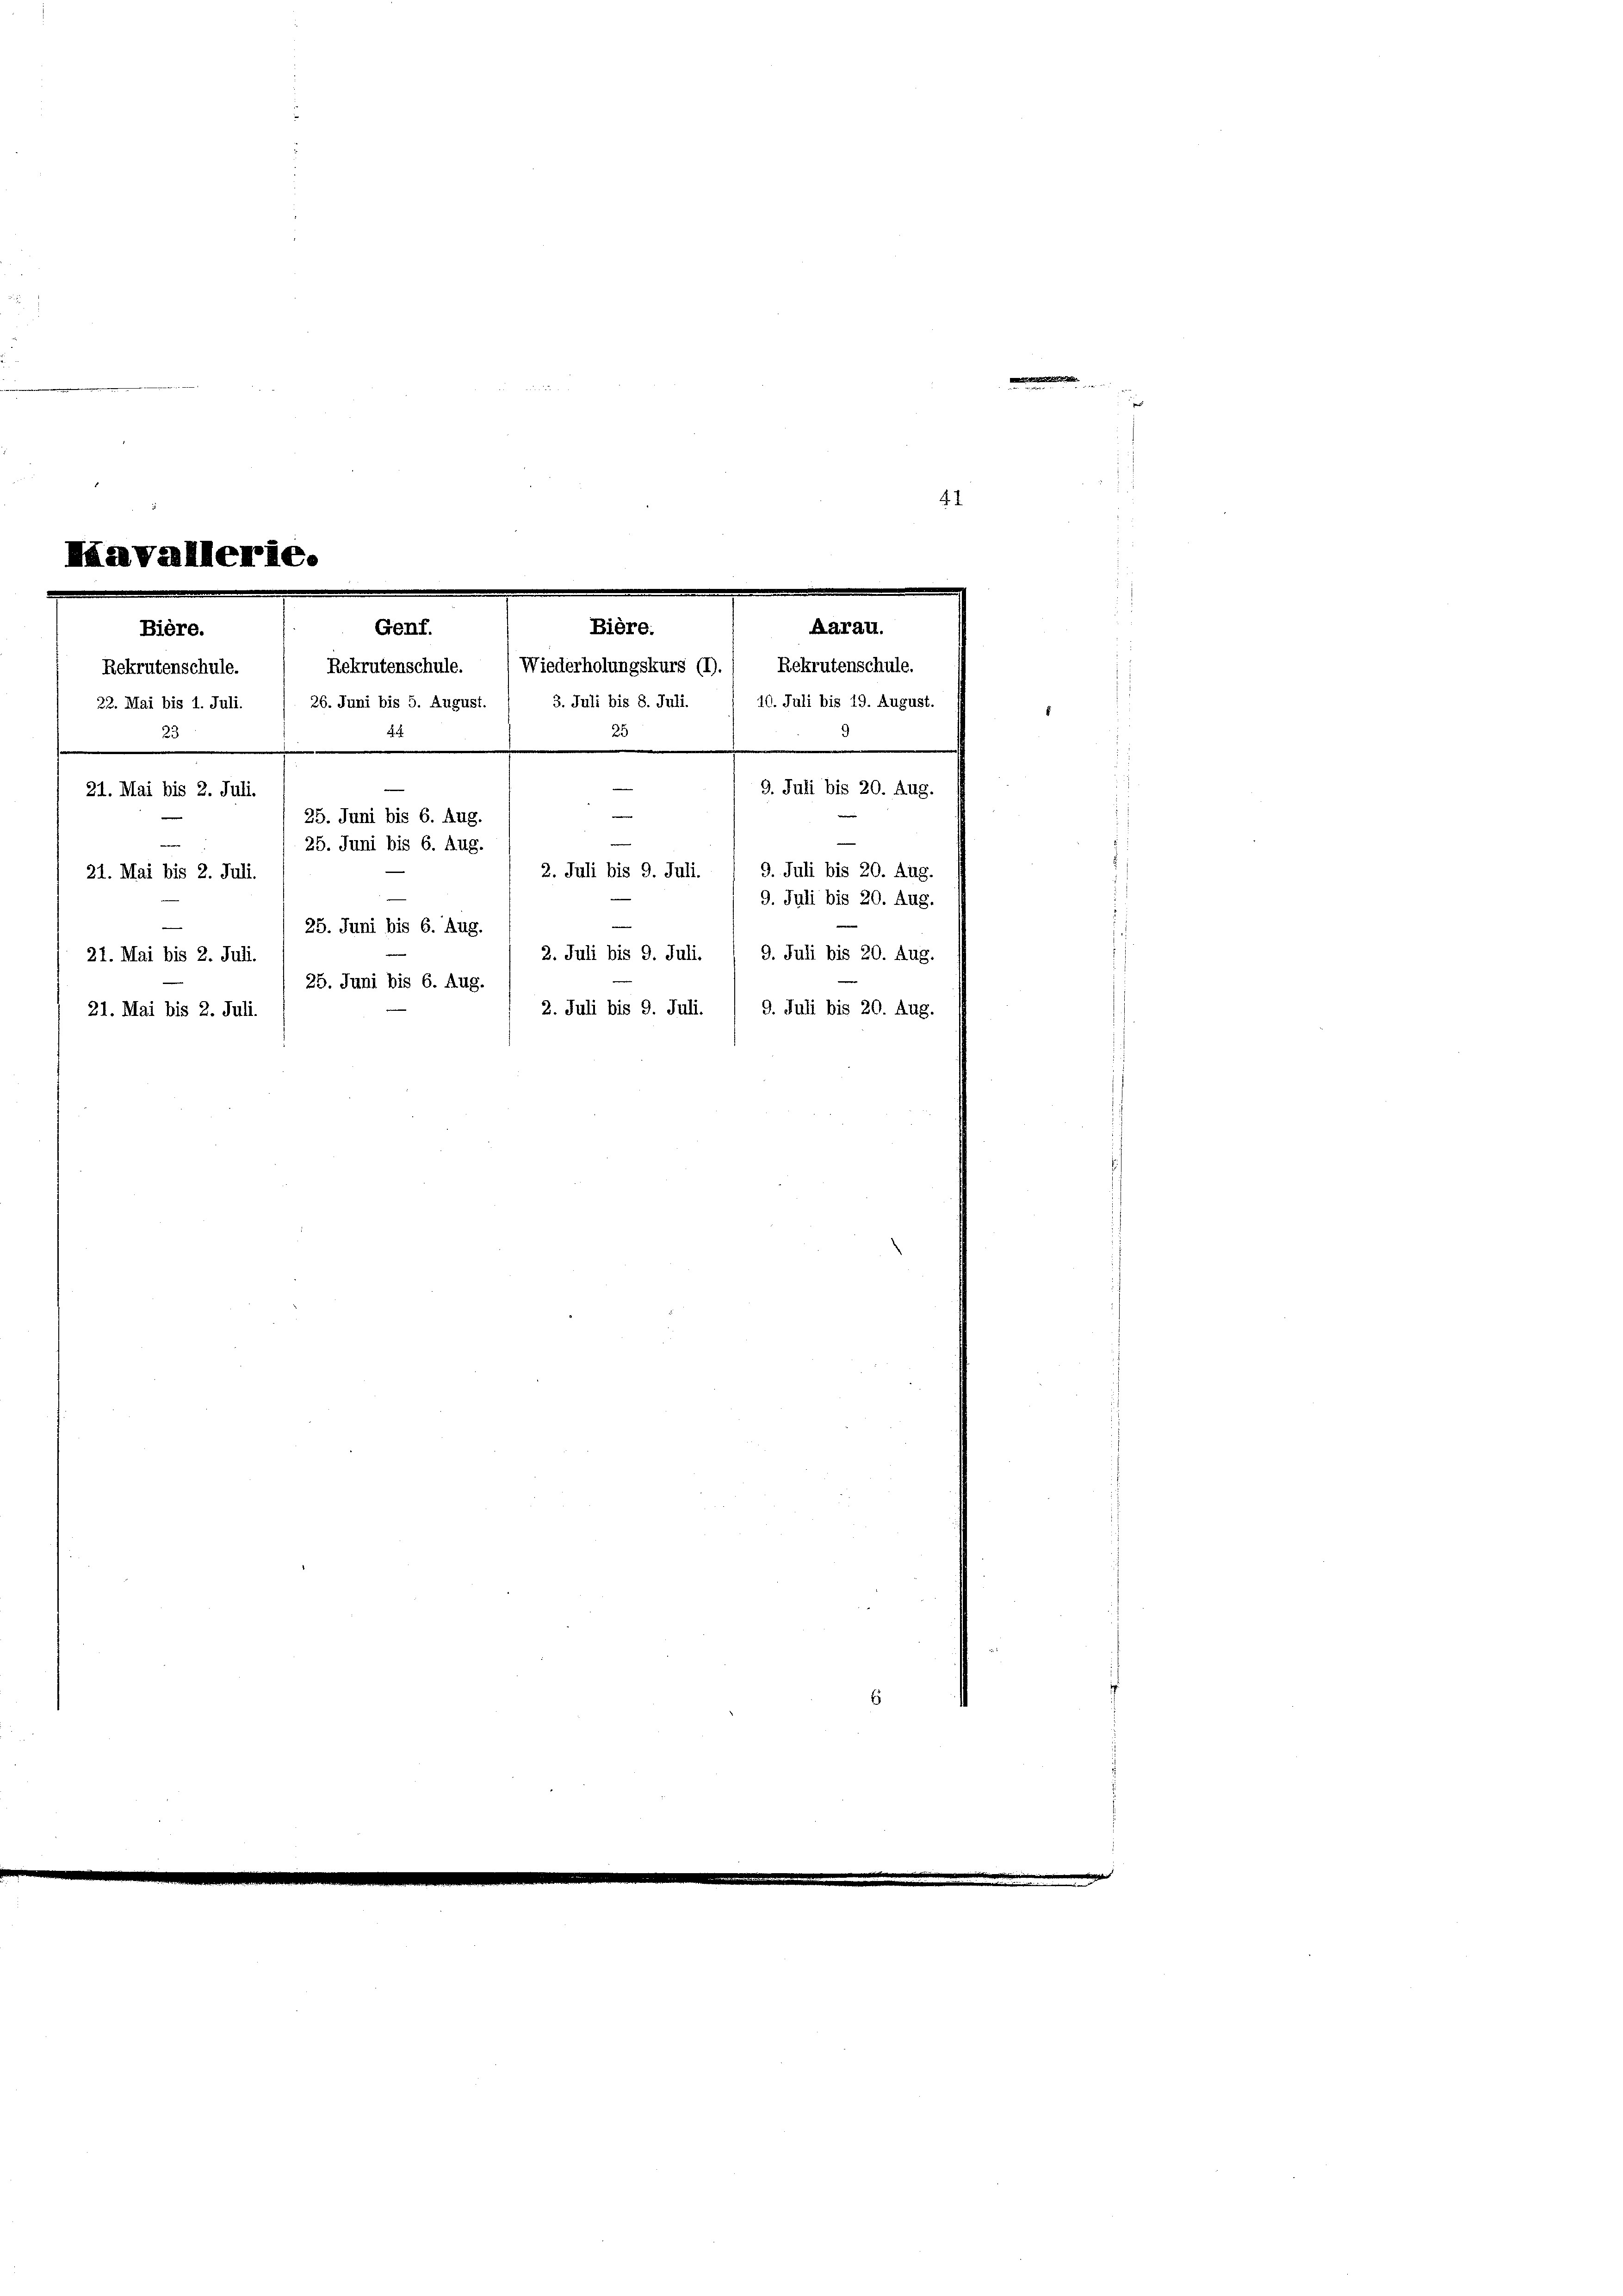
n
41
¬
¬

Minvallerie.
s
Aarau.
Bière.
Genf.
Bière.
Rekrutenschule.  Rekrutenschule. (Wiederholungskurs (I).) Rekrutenschule.
3. Juli bis 8. Juli.
10. Juli bis 19. August.
22. Mai bis 1. Juli. / 26. Juni bis 5. August.
23
A. E.
25
e
.
9. Juli bis 20. Aug.
21. Mai bis 2. Juli.
25. Juni bis 6. Aug.
25. Juni bis 6. Aug.
9. Juli bis 20. Aug.
2. Juli bis 9. Juli.
21. Mai bis 2. Juli.
9. Juli bis 20. Aug.

25. Juni bis 6. Aug.
2. Juli bis 9. Juli.
9. Juli bis 20. Aug.
21. Mai bis 2. Juli.
25. Juni bis 6. Aug.
2. Juli bis 9. Juli. 1 9. Juli bis 20. Aug.
21. Mai bis 2. Juli.

E